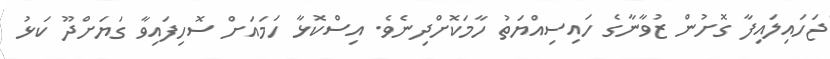
ޖަހައިލައިފާ ގޮށުން ޒުވާނާގެ ހައިސިއްޔަތު ހާމަކޮށްދިނެވެ. އިސްކޮޅާ ހަމައަށް ސޮހިފައިވާ ގަޔަށްދޫ ކަޅު